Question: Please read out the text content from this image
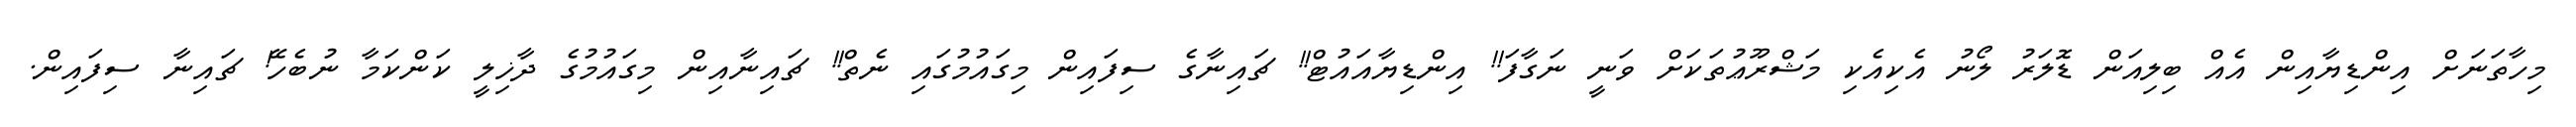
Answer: މިހާތަނަށް އިންޑިޔާއިން އެއް ބިލިއަން ޑޮލަރު ލޯނު އެކިއެކި މަޝްރޫޢުތަކަށް ވަނީ ނަގާފަ!! އިންޑިޔާއައުޓް!! ޗައިނާގެ ސިފައިން މިގައުމުގައި ނެތް!! ޗައިނާއިން މިގައުމުގެ ދާޚިލީ ކަންކަމާ ނުބެހޭ! ޗައިނާ ސިފައިން.